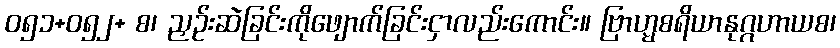
ဝ၅၁+၀၅၂+ စ၊ ညှဉ်းဆဲခြင်းကိုဖျောက်ခြင်းငှာလည်းကောင်း။ ဗြာဟ္မစရိယာနုဂ္ဂဟာယစ၊